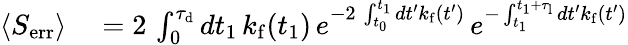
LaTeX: \begin{array}{rl}{\langle S_{\mathrm{err}}\rangle}&{{}=2\, \int_{0}^{\tau_{\mathrm{d}}}dt_{1}\, k_{\mathrm{f}}(t_{1})\, e^{-2\, \int_{t_{0}}^{t_{1}}dt^{\prime}k_{\mathrm{f}}(t^{\prime})}\, e^{-\int_{t_{1}}^{t_{1}+\tau_{\mathrm{l}}}dt^{\prime}k_{\mathrm{f}}(t^{\prime})}}\end{array}